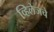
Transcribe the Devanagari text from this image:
व्हिलेजचे